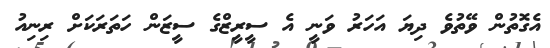
އެގޮތުން ވޭތުވެ ދިޔަ އަހަރު ވަނީ އެ ސީރީޒްގެ ސީޒަން ހަތަރަކަށް ރިނިއު